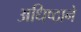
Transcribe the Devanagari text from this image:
अधिष्ठाने